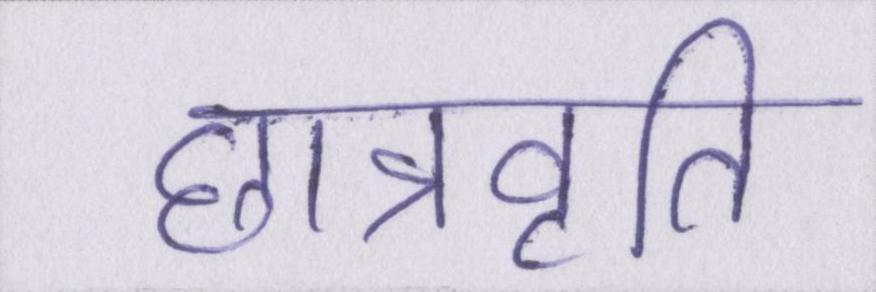
छात्रवृति